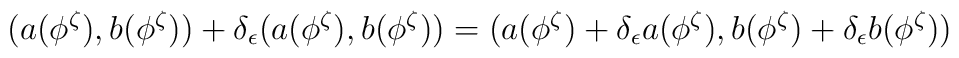
(a(\phi^\zeta),b(\phi^\zeta))+\delta_\epsilon (a(\phi^\zeta),b(\phi^\zeta)) =(a(\phi^\zeta)+\delta_\epsilon a(\phi^\zeta), b(\phi^\zeta)+\delta_\epsilon b(\phi^\zeta))